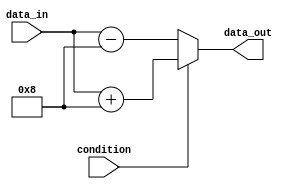
module if_else_statement(
    input wire condition,
    input wire [7:0] data_in,
    output wire [7:0] data_out
);

    reg [7:0] temp_data_out;

    always @(*)
    begin
        if(condition)
        begin
            // Code to execute when condition is true
            temp_data_out = data_in + 8; // Example operation
        end
        else
        begin
            // Code to execute when condition is false
            temp_data_out = data_in - 8; // Example operation
        end
    end

    assign data_out = temp_data_out;

endmodule